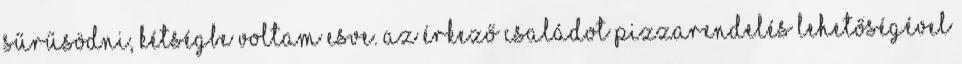
sűrűsödni, kétségbe voltam esve. Az érkező családot pizzarendelés lehetőségével